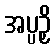
အပ္ပဉှိ